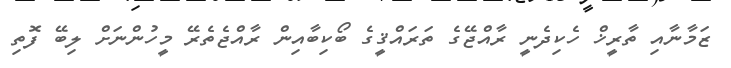
ޒަމާނާއި ތާރީޚް ހެކިދެނީ ރާއްޖޭގެ ތަރައްޤީގެ ބޯކިބާއިން ރާއްޖެތެރޭ މީހުންނަށް ލިބޭ ފޮތި